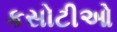
કસોટીઓ